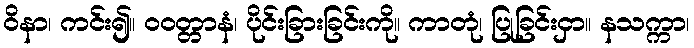
ဝိနာ၊ ကင်း၍။ ဝဝတ္တာနံ၊ ပိုင်းခြားခြင်းကို။ ကာတုံ၊ ပြုခြင်းငှာ။ နသက္ကာ၊